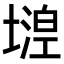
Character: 𡐘